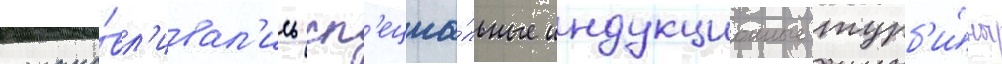
устана́вл'ивал'ись сп'ециа́льные индукционные турб'и́ны